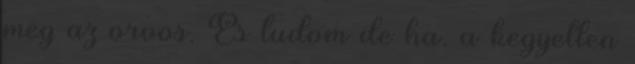
meg az orvos. És tudom de ha. a kegyetlen